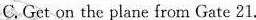
C. Get on the plane from Gate 21.